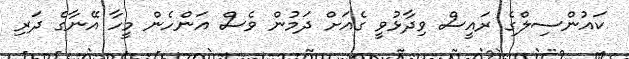
ކައުންސިލްގެ ރައީސް ވިދާޅުވީ ގެއަށް ދަމުން ވެސް އަންހެން މީހާ އޭނާގެ ދަރި